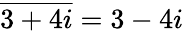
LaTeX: {\overline{{3+4i}}}=3-4i